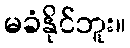
မခံနိုင်ဘူး။